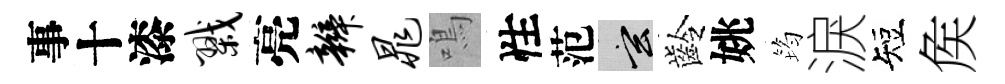
事十漆戮亮辫晁鳴性范玄齡姚筠淚短矦